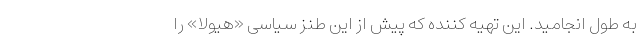
به طول انجامید. این تهیه کننده که پیش از این طنز سیاسی «هیولا» را